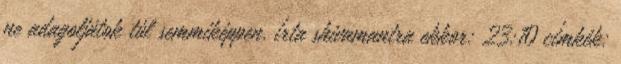
ne adagoljátok túl semmiképpen. írta shivamantra ekkor: 23:10 címkék: